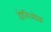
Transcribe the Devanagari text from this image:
होलिओक